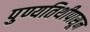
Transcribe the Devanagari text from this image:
पुण्यतिथीपासून